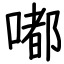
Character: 嘟